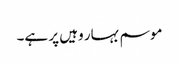
موسم بہار وہیں پر ہے۔